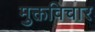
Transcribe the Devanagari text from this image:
मुक्तविचार